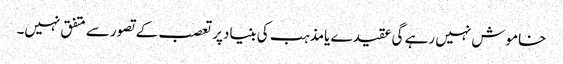
خاموش نہیں رہے گی عقیدے یامذہب کی بنیادپرتعصب کے تصورسے متفق نہیں۔